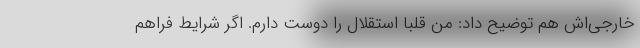
خارجی‌اش هم توضیح داد: من قلبا استقلال را دوست دارم. اگر شرایط فراهم